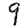
Digit: 9